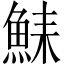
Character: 𫙛